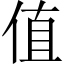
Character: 值